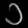
Digit: ၁